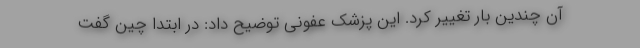
آن چندین بار تغییر کرد. این پزشک عفونی توضیح داد: در ابتدا چین گفت